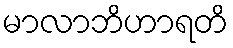
မာလာဘိဟာရတိ